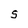
Character: S